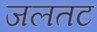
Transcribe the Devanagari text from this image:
जलतट